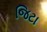
જિટા